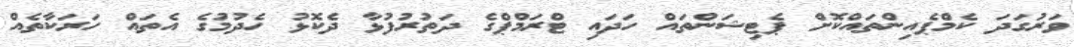
ވަރުގަދަ ކެމްޕެއިންތައްކޮށް ޕެޓިޝަންތައް ހަދައި ޓްރަމްޕްގެ ދަތުރުފުޅާ ދެކޮޅު ހެދުމުގެ އެތައް ހަރަކާތެއް